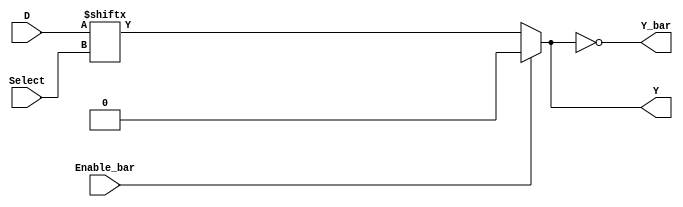
// 8-input multiplexer

module ttl_74151 #(parameter WIDTH_IN = 8, WIDTH_SELECT = $clog2(WIDTH_IN),
                   DELAY_RISE = 0, DELAY_FALL = 0)
(
  input Enable_bar,
  input [WIDTH_SELECT-1:0] Select,
  input [WIDTH_IN-1:0] D,
  output Y,
  output Y_bar
);

//------------------------------------------------//
reg computed;

always @(*)
begin
  if (!Enable_bar)
    computed = D[Select];
  else
    computed = 1'b0;
end
//------------------------------------------------//

assign #(DELAY_RISE, DELAY_FALL) Y = computed;
assign #(DELAY_RISE, DELAY_FALL) Y_bar = ~computed;

endmodule